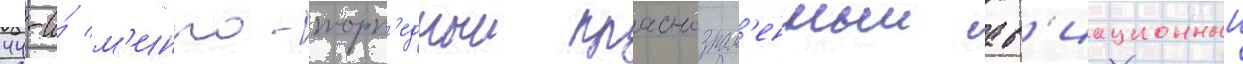
44-и́ м'инно-торп'едныи краснознам'енныи ав'иационныи